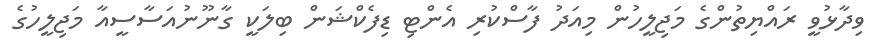
ވިދާޅުވީ ރައްޔިތުންގެ މަޖިލީހުން މިއަދު ފާސްކުރި އެންޓި ޑިފެކްޝަން ބިލަކީ ގާނޫނުއަސާސީއާ މަޖިލީހުގެ